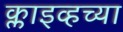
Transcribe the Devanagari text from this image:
क्लाइव्हच्या